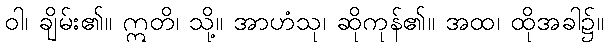
ဝါ၊ ချိမ်း၏။ ဣတိ၊ သို့။ အာဟံသု၊ ဆိုကုန်၏။ အထ၊ ထိုအခါ၌။